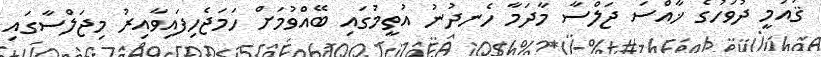
ޤައުމީ ދުވަހުގެ ޚާއްސަ ޖަލްސާ މާދަމާ ހެނދުނު އުތީމުގައި ބޭއްވުމަށް ހަމަޖެހިފައިވާއިރު މިޖަލްސާގައި